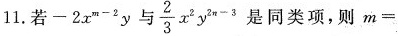
1.若$$- 2 x ^ { m - 2 } y与$$\frac { 2 } { 3 } x ^ { 2 } y ^ { 2 n - 3 }$$ 是同类项,则$$m =